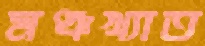
মঞ্চখ্যাত